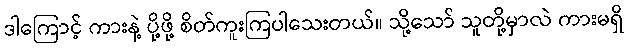
ဒါကြောင့် ကားနဲ့ ပို့ဖို့ စိတ်ကူးကြပါသေးတယ်။ သို့သော် သူတို့မှာလဲ ကားမရှိ